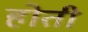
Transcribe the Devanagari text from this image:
होती